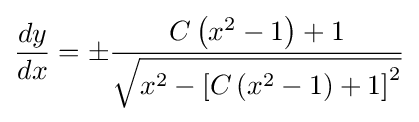
{\frac {dy}{dx}}=\pm {\frac {C\left(x^{2}-1\right)+1}{\sqrt {x^{2}-\left[C\left(x^{2}-1\right)+1\right]^{2}}}}